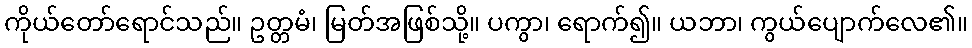
ကိုယ်တော်ရောင်သည်။ ဥတ္တမံ၊ မြတ်အဖြစ်သို့။ ပကွာ၊ ရောက်၍။ ယဘာ၊ ကွယ်ပျောက်လေ၏။